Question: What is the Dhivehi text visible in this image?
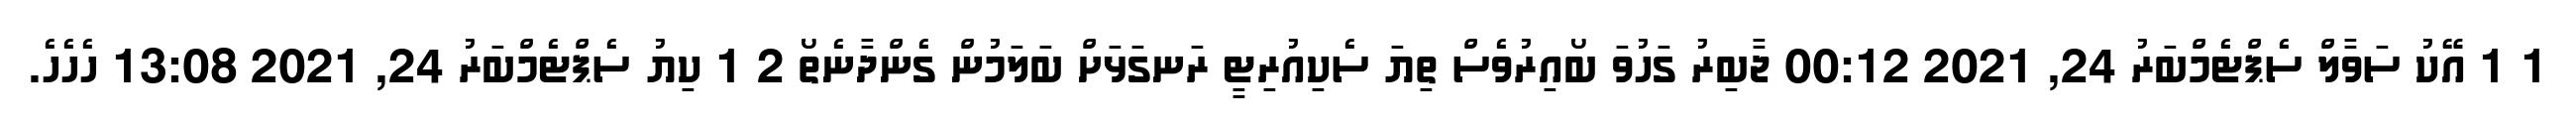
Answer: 1 1 އޭކު ސަވާލް ސެޕްޓެމްބަރު 24, 2021 00:12 ޖާބިރު ގަހުވަ ބޯއިރުވެސް ތިޔަ ސެކިއުރިޓީ ރަނގަޅަށް ބަލަމުން ގެންދާނެތޯ 2 1 ކިޔު ސެޕްޓެމްބަރު 24, 2021 13:08 ހެހެހެ.